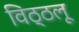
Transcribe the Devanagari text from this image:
विठ्ठलू